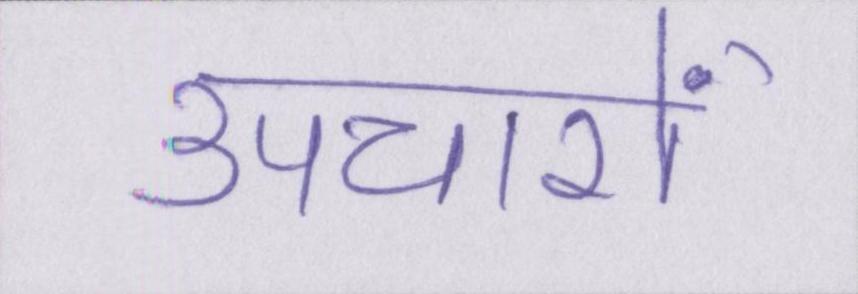
उपचारों